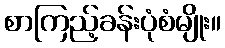
စာကြည့်ခန်းပုံစံမျိုး။